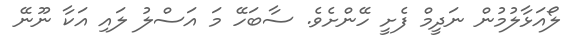
ލޯއަޅާލުމުން ނަދީމް ފެށީ ހޭންށެވެ. ސާބަހޭ މަ އަސްލު ލައި އަކާ ނޫނޭ